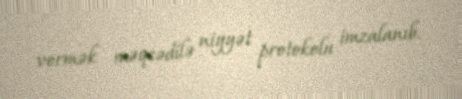
vermək məqsədilə niyyət protokolu imzalanıb.